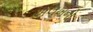
અલખનો